Annual report of the Punjab Veterinary College and of the Civil Veterinary Department, Punjab - 1894-1908
Year: 1894
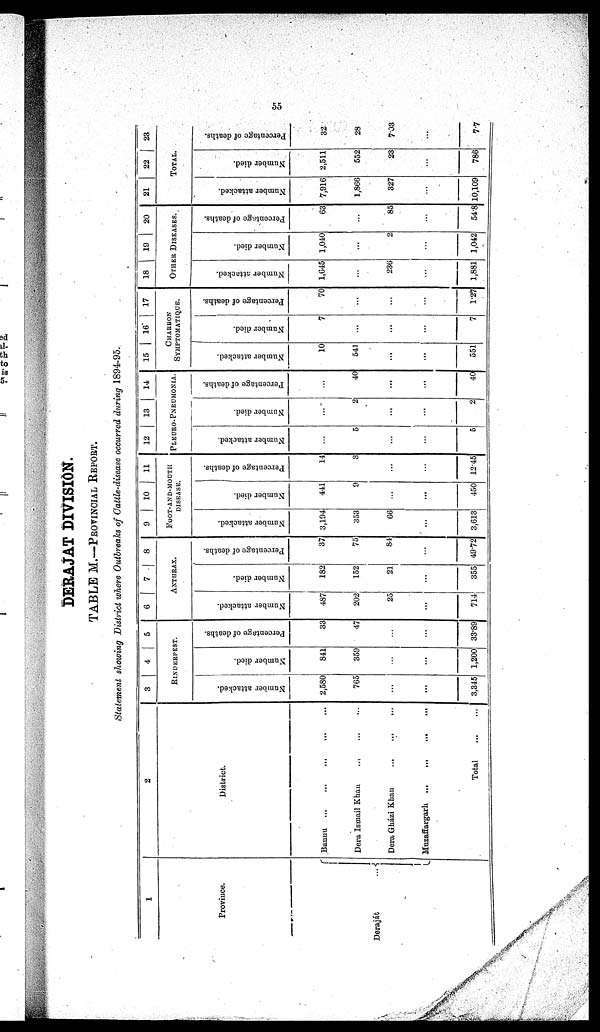
55
DERAJAT DIVISION.
TABLE M.--PROVINCIAL REPORT.
Statement showing District where Outbreaks of Cattle-disease occurred during 1894-95.
1
Province.
Deraját
...
2
District.
Bannu ... ... ... ...
Dera Ismail Khan ... ... ...
Dera Gházi Khan ... ... ...
Muzaffargarh ... ... ... ...
Total
...
...
3
4
5
RINDERPEST.
Number attacked.
2,580
765
...
...
3,345
Number died.
841
359
...
...
1,200
Percentage of deaths.
33
47
...
...
33.89
6 7 8
ANTHRAX.
Number attacked.
487
202
25
...
714
Number died.
182
152
21
...
355
Percentage of deaths.
37
75
84
...
49.72
9
10
11
FOOT-AND-MOUTH
DISEASE.
Number attacked.
3,194
353
66
...
3,613
Number died.
441
9
...
...
450
Percentage of deaths.
14
3
...
...
12.45
12
13
14
PLEURO-PNEUMONIA.
Number attacked.
...
5
...
...
5
Number died.
...
2
...
...
2
Percentage of deaths.
...
40
...
...
40
15
16"
17
CHARBON
SYMPTOMATIQUE.
Number attacked.
10
541
...
...
551
Number died.
7
...
...
...
7
Percentage of deaths.
70
...
...
...
1.27
18
19
20
OTHER DISEASES.
Number attacked.
1,645
...
236
...
1,881
Number died.
1,040
...
2
...
1,042
Percentage of deaths.
63
...
85
...
54.8
21
22
23
TOTAL.
Number attacked.
7,916
1,866
327
...
10,109
Number died.
2,511
552
23
...
786
Percentage of deaths.
32
28
7.03
...
7.7